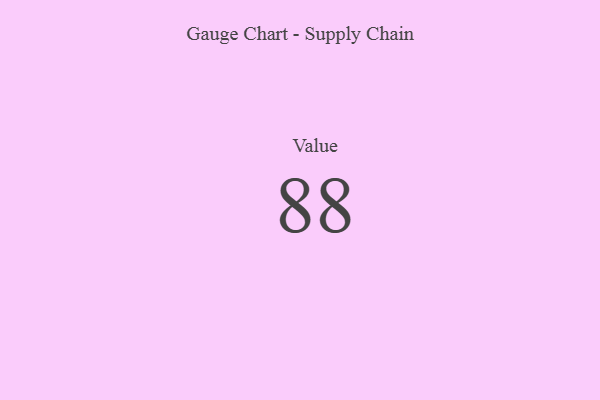
{"axis": {"x": "Metric", "y": "Value"}, "legend": [""], "data": [{"x": "Value", "y": 88, "type": ""}]}